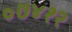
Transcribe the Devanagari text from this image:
०७४१२